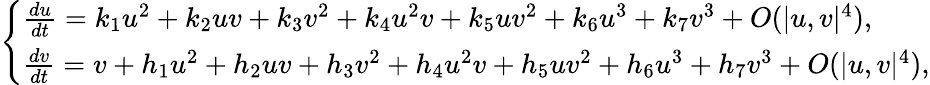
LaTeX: \left\{ \begin{array}{ll}{\frac{du}{dt}=k_{1}u^{2}+k_{2}uv+k_{3}v^{2}+k_{4}u^{2}v+k_{5}uv^{2}+k_{6}u^{3}+k_{7}v^{3}+O({|u,v|^{4}}),}\\ {\frac{dv}{dt}=v+h_{1}u^{2}+h_{2}uv+h_{3}v^{2}+h_{4}u^{2}v+h_{5}uv^{2}+h_{6}u^{3}+h_{7}v^{3}+O({|u,v|^{4}}),}\end{array}\right.